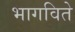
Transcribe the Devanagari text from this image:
भागविते